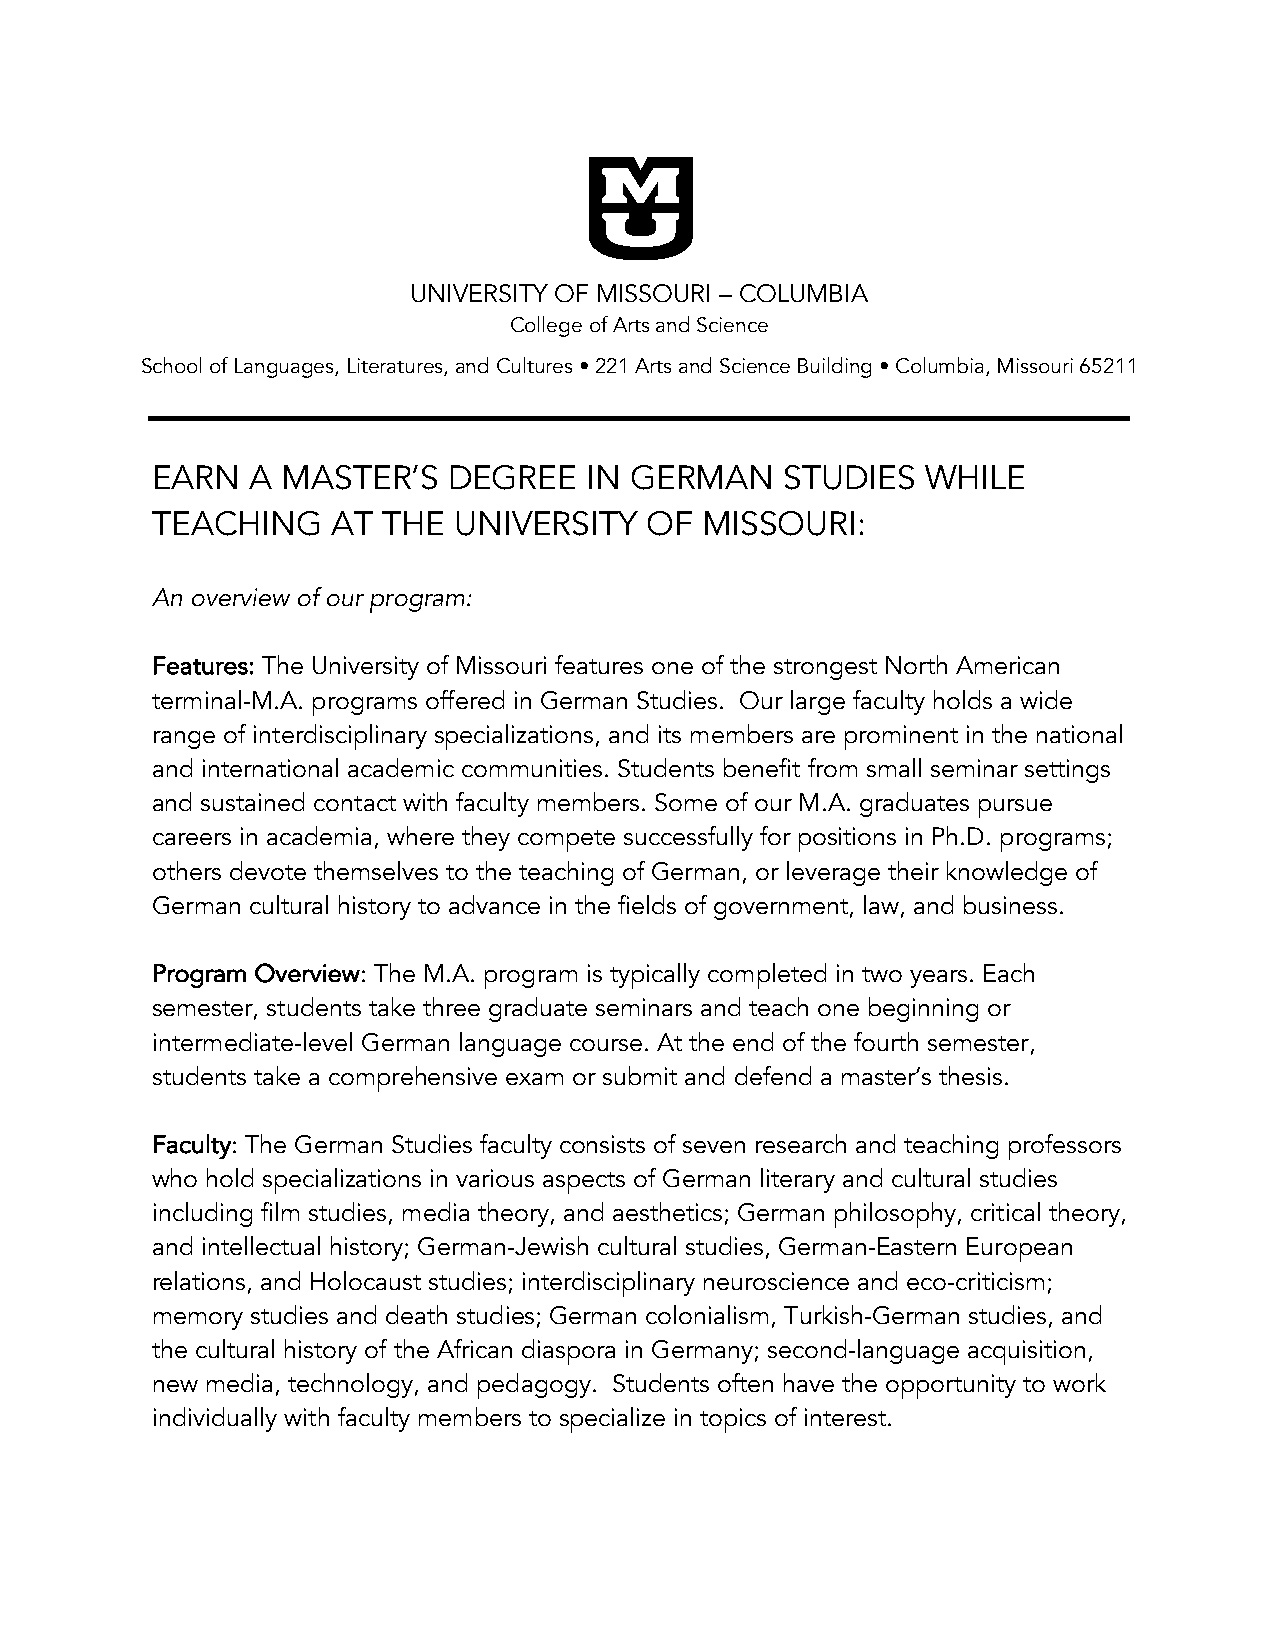
UNIVERSITY OF MISSOURI – COLUMBIA
 College of Arts and Science
 School of Languages, Literatures, and Cultures • 221 Arts and Science Building • Columbia, Missouri 65211
 EARN   A MASTER’S   DEGREE   IN GERMAN    STUDIES  WHILE
 TEACHING    AT THE  UNIVERSITY   OF  MISSOURI:
 An overview of our program:
 Features: The University of Missouri features one of the strongest North American
 terminal-M.A. programs offered in German Studies. Our large faculty holds a wide
 range of interdisciplinary specializations, and its members are prominent in the national
 and international academic communities. Students benefit from small seminar settings
 and sustained contact with faculty members. Some of our M.A. graduates pursue
 careers in academia, where they compete successfully for positions in Ph.D. programs;
 others devote themselves to the teaching of German, or leverage their knowledge of
 German cultural history to advance in the fields of government, law, and business.
 Program Overview: The M.A. program is typically completed in two years. Each
 semester, students take three graduate seminars and teach one beginning or
 intermediate-level German language course. At the end of the fourth semester,
 students take a comprehensive exam or submit and defend a master’s thesis.
 Faculty: The German Studies faculty consists of seven research and teaching professors
 who hold specializations in various aspects of German literary and cultural studies
 including film studies, media theory, and aesthetics; German philosophy, critical theory,
 and intellectual history; German-Jewish cultural studies, German-Eastern European
 relations, and Holocaust studies; interdisciplinary neuroscience and eco-criticism;
 memory studies and death studies; German colonialism, Turkish-German studies, and
 the cultural history of the African diaspora in Germany; second-language acquisition,
 new media, technology, and pedagogy. Students often have the opportunity to work
 individually with faculty members to specialize in topics of interest.